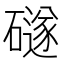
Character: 礈